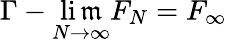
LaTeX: \Gamma-\operatorname*{li\mathfrak{m}}_{N\to\infty}F_{N}=F_{\infty}